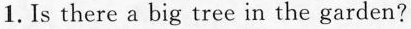
1.Is there a big tree in the garden?